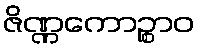
ဇိဏ္ဏကောဉ္စာဝ